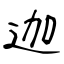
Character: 迦